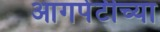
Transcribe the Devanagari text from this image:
आगपेटीच्या